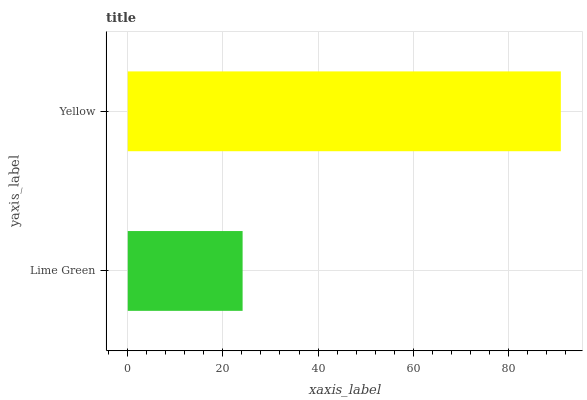
| yaxis_label | bars |
 | --- | --- |
 | Lime Green | 24.1 |
 | Yellow | 91 |